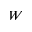
W